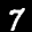
Label: 7